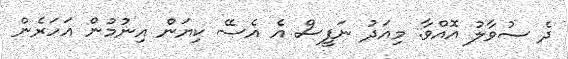
ދެ ސުވާލު އޮއްވާ. މިއަދު ނަފީސް އެ އެސޭ ކިޔަން އިނުމުން އަހަރެން